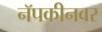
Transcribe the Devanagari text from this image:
नॅपकीनवर